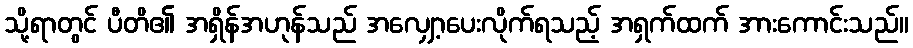
သို့ရာတွင် ပီတိ၏ အရှိန်အဟုန်သည် အလျှော့ပေးလိုက်ရသည့် အရှက်ထက် အားကောင်းသည်။